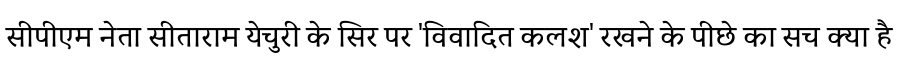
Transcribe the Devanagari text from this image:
सीपीएम नेता सीताराम येचुरी के सिर पर 'विवादित कलश' रखने के पीछे का सच क्या है